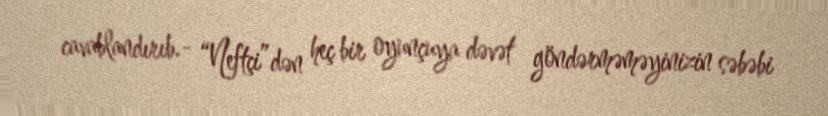
cavablandırıb.- “Neftçi”dən heç bir oyunçuya dəvət göndərməməyinizin səbəbi